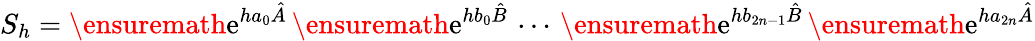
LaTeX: S_{h}=\ensuremath{\mathrm{e}}^{ha_{0}\hat{A}}\, \ensuremath{\mathrm{e}}^{hb_{0}\hat{B}}\, \cdots\, \ensuremath{\mathrm{e}}^{hb_{2n-1}\hat{B}}\, \ensuremath{\mathrm{e}}^{ha_{2n}\hat{A}}